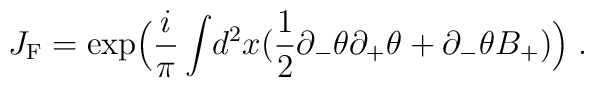
J_{{\rm {F}}} = \exp \Bigl(\frac{i}{ \pi}\int \!d^2x( \frac{1}{2}\partial_{-}\theta \partial_{+} \theta + \partial_{-}\theta B_{+})\Bigr)\; .